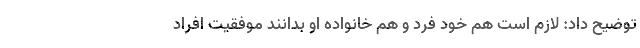
توضیح داد: لازم است هم خود فرد و هم خانواده‌ او بدانند موفقیت افراد